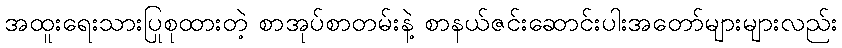
အထူးရေးသားပြုစုထားတဲ့ စာအုပ်စာတမ်းနဲ့ စာနယ်ဇင်းဆောင်းပါးအတော်များများလည်း